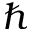
\hbar